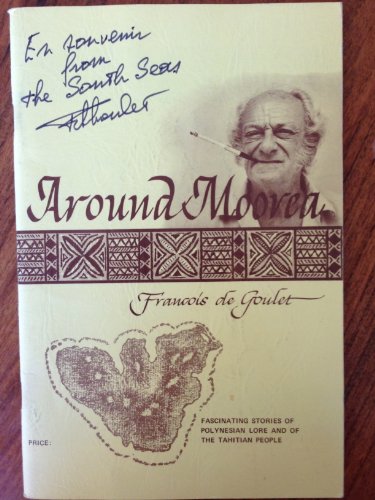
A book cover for Around Moorea; Francois (Signed) de Goulet; Travel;